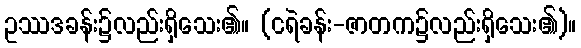
ဥဿဒခန်း၌လည်းရှိသေး၏။ (ငရဲခန်း-ဇာတက၌လည်းရှိသေး၏)။